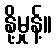
နို့မှုန့်။